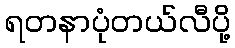
ရတနာပုံတယ်လီပို့